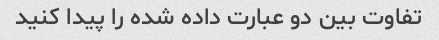
تفاوت بین دو عبارت داده شده را پیدا کنید